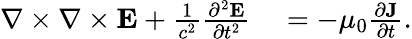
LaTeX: \begin{array}{rl}{\nabla\times\nabla\times{\mathbf E}+\frac{1}{c^{2}}\frac{\partial^{2}{\mathbf E}}{\partial t^{2}}}&{{}=-\mu_{0}\frac{\partial{\mathbf J}}{\partial t}.}\end{array}